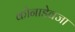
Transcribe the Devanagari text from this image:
कोनाडेवजा